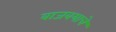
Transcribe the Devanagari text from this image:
वाजवयाचे